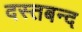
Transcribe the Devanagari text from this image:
दस्तबन्द